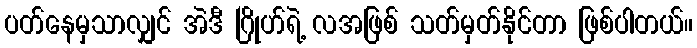
ပတ်နေမှသာလျှင် အဲဒီ ဂြိုဟ်ရဲ့ လအဖြစ် သတ်မှတ်နိုင်တာ ဖြစ်ပါတယ်။